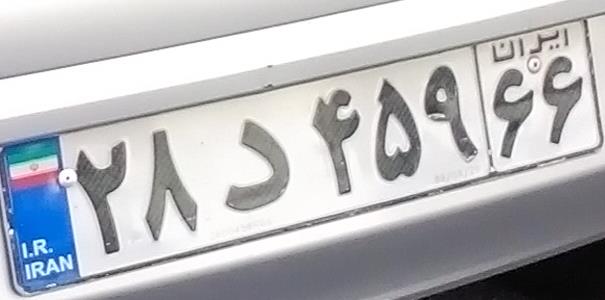
۲۸د۴۵۹۶۶